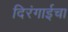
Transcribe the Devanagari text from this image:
दिरंगाईचा